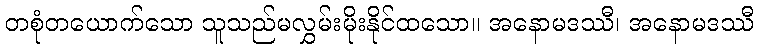
တစုံတယောက်သော သူသည်မလွှမ်းမိုးနိုင်ထသော။ အနောမဒဿီ၊ အနောမဒဿီ